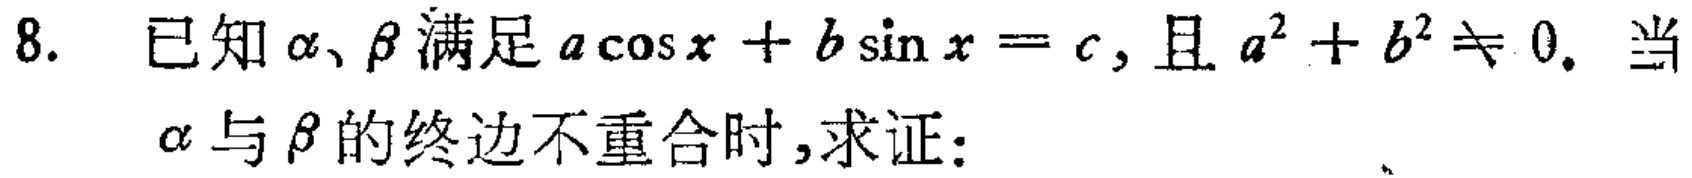
8. 已知\(\alpha\)、\(\beta\)满足\(a\cos x + b\sin x = c\)，且\(a^{2}+b^{2}\neq 0\). 当\(\alpha\)与\(\beta\)的终边不重合时，求证：